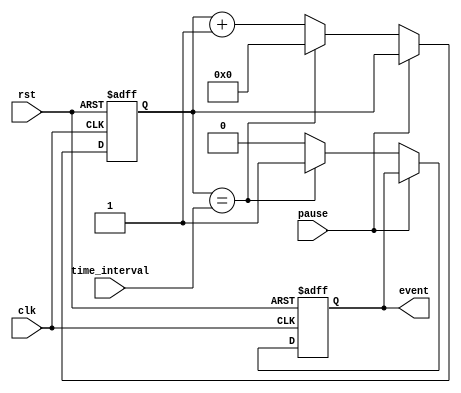
module EventTimer (
    input wire clk,
    input wire rst,
    input wire pause,
    input wire [31:0] time_interval,
    output reg event
);

reg [31:0] counter;

always @(posedge clk or posedge rst) begin
    if (rst) begin
        counter <= 0;
        event <= 0;
    end else if (pause) begin
        counter <= counter;
        event <= event;
    end else begin
        if (counter == time_interval) begin
            counter <= 0;
            event <= 1;
        end else begin
            counter <= counter + 1;
            event <= 0;
        end
    end
end

endmodule